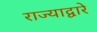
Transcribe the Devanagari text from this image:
राज्याद्वारे